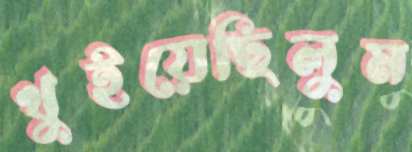
খুইয়েছিলুম